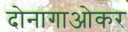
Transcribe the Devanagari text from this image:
दोनागाओकर